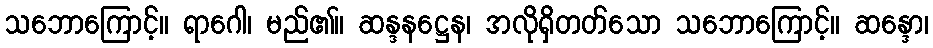
သဘောကြောင့်။ ရာဂေါ၊ မည်၏။ ဆန္ဒနဋ္ဌေန၊ အလိုရှိတတ်သော သဘောကြောင့်။ ဆန္ဒော၊